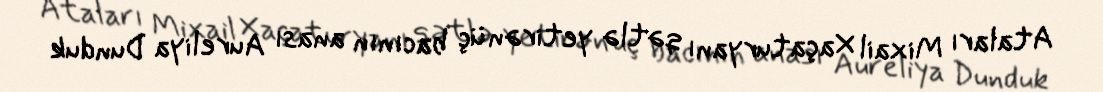
Ataları Mixail Xaçaturyanı qətlə yetirən üç bacının anası Aureliya Dunduk